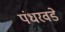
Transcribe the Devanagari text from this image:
पंधरवडे